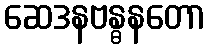
ဆေဒနဗန္ဓနတော